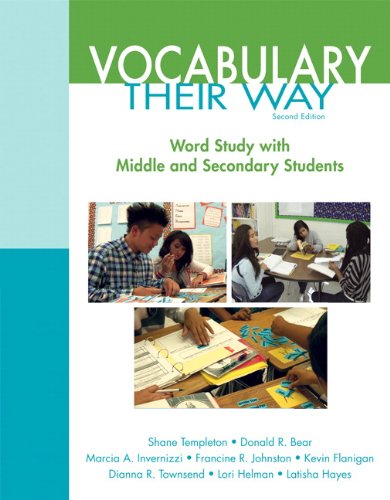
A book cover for Vocabulary Their Way: Word Study with Middle and Secondary Students (2nd Edition) (Words Their Way Series); Shane Templeton; Reference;